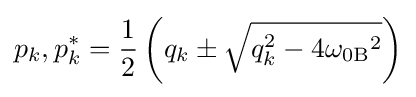
p_{k},p_{k}^{*}={1 \over 2}\left(q_{k}\pm {\sqrt {q_{k}^{2}-4{\omega _{0\mathrm {B} }}^{2}}}\right)